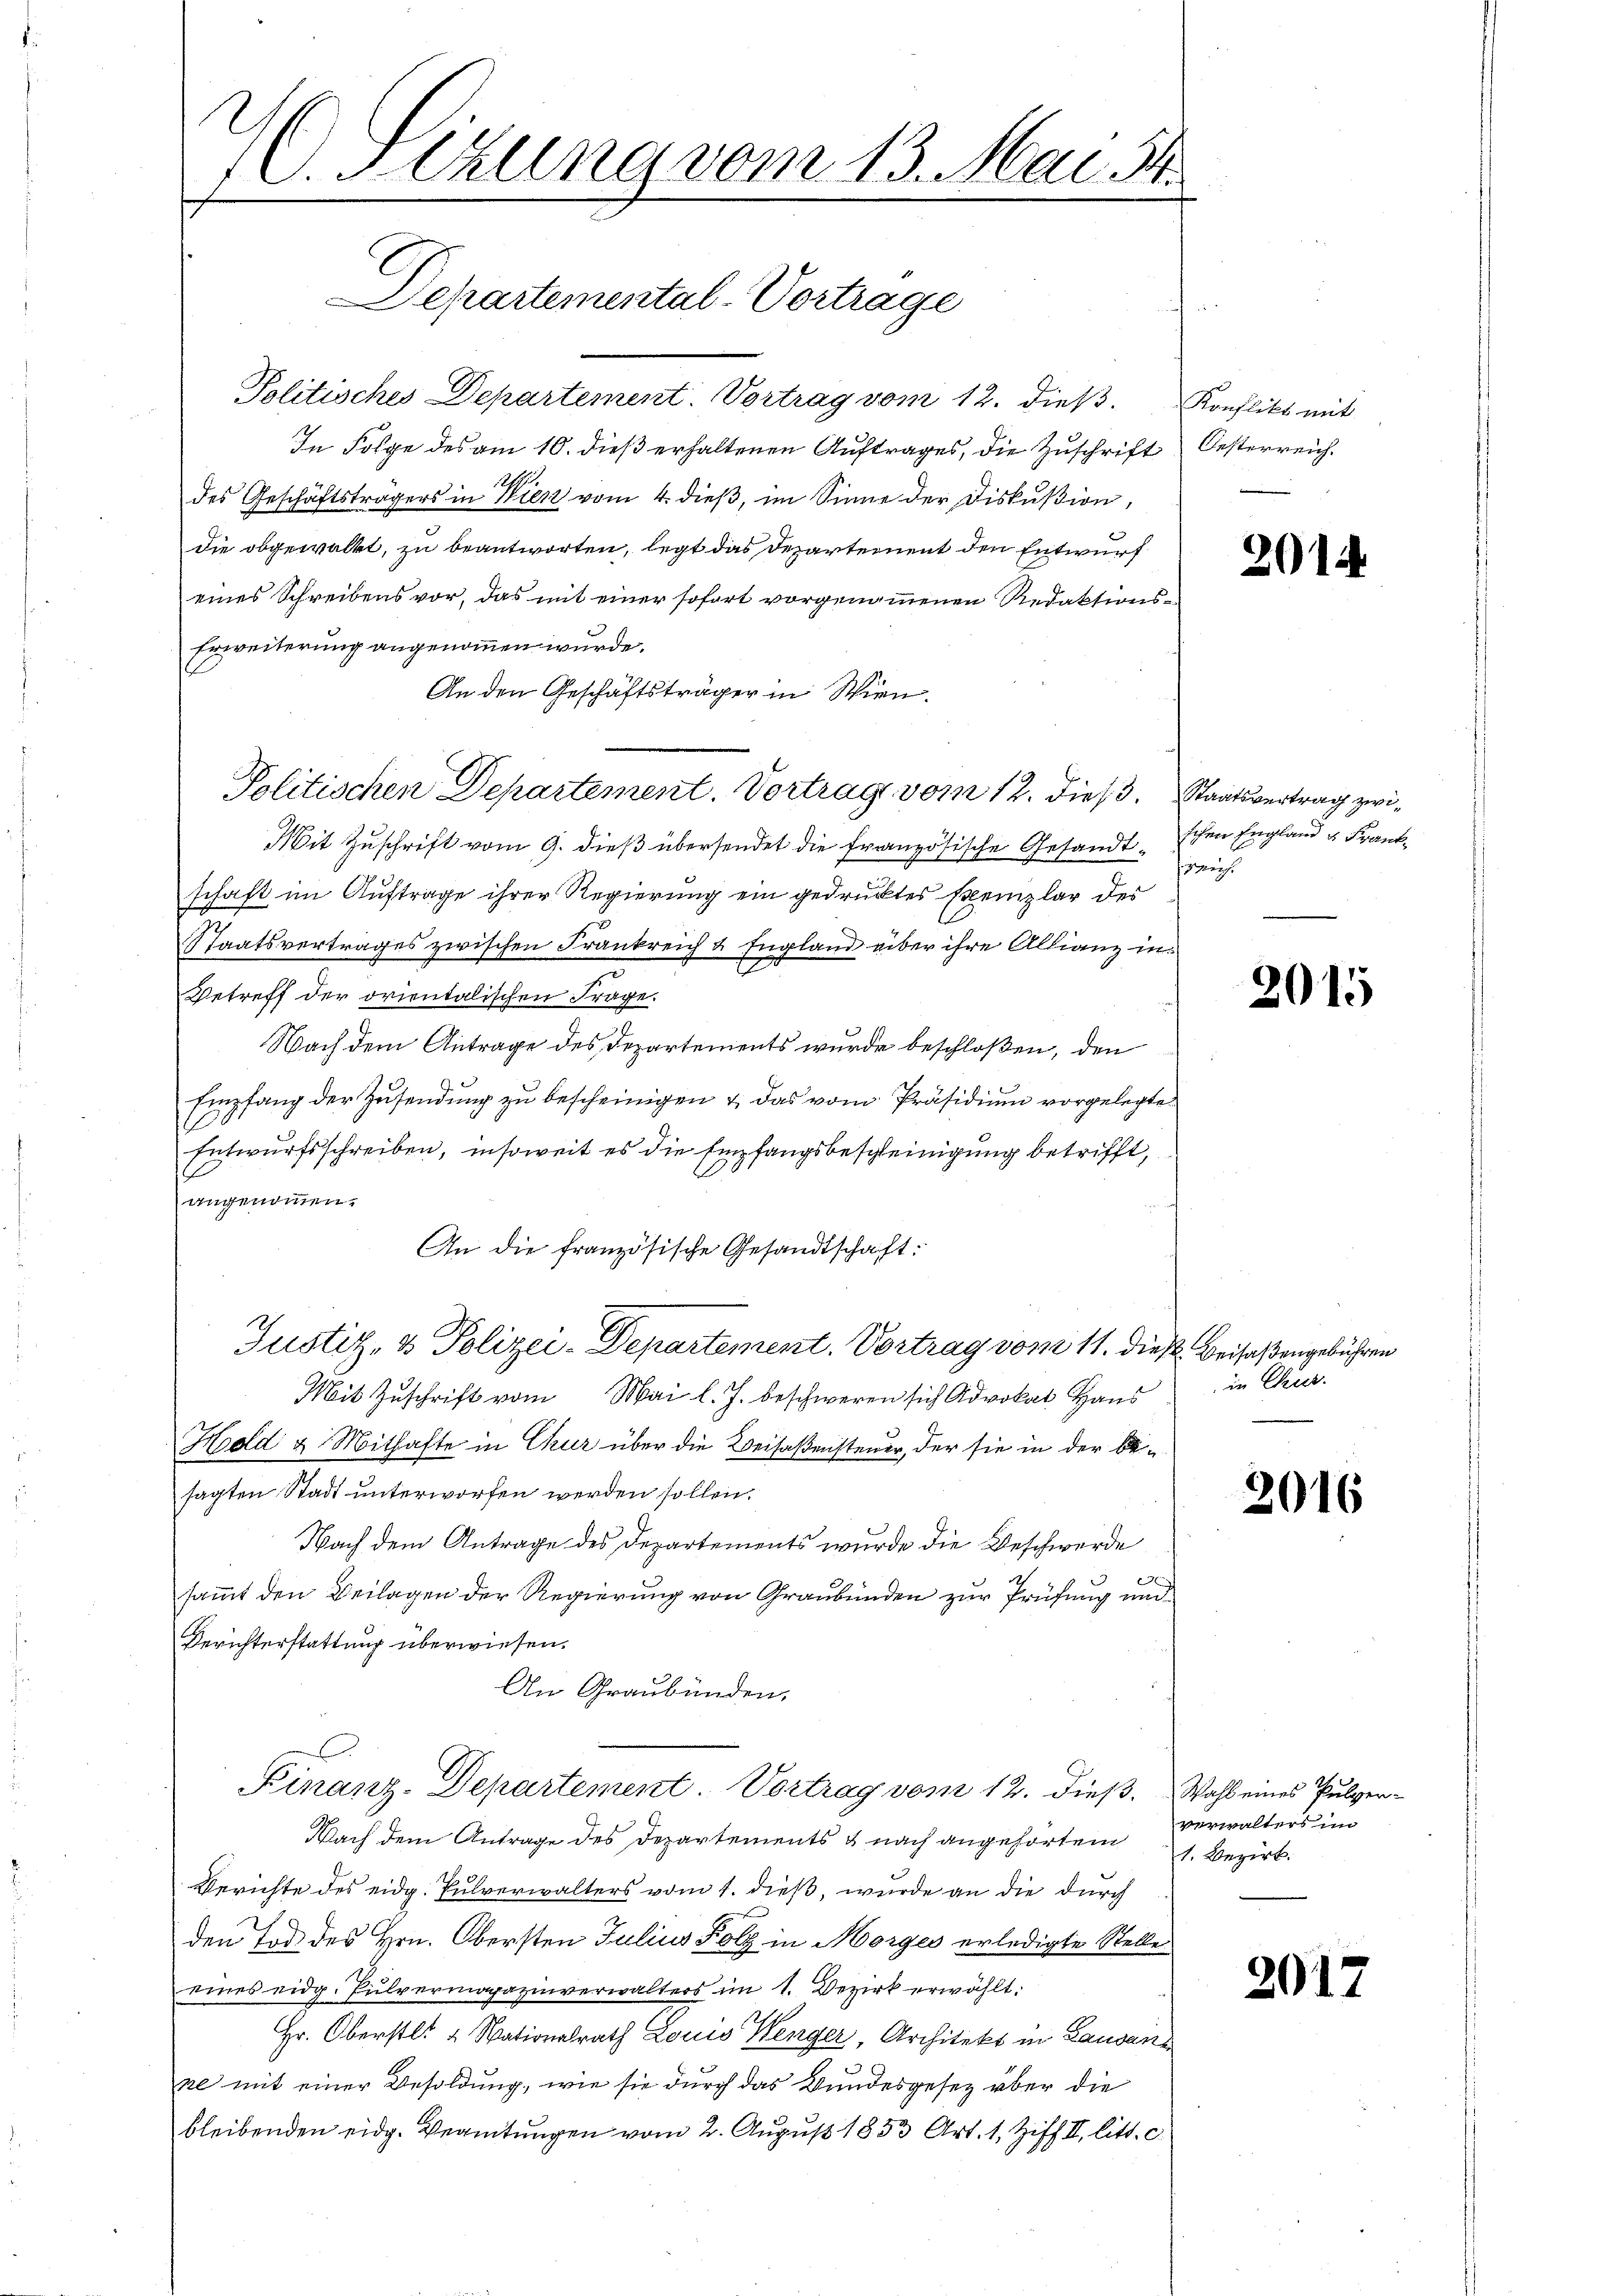
2. Sizung vom 13. Mai. 181.

Politisches Departement. Vortrag vom 12. dieß. Konflikt mit
In Folge des am 10. dieß erhaltenen Auftrages, die Zuschrift
des Geschäftsträgers in Wien vom 4. dieβ, im Sinne der Diskußion,
die obgewalkt, zu beantworten, legt das Departement den Entwurf
eines Schreibens vor, das mit einer sofort vorgenommenen Redaktions¬
Erweiterung angenommen wurde.
An den Geschäftsträger in Wien.
Politischen Departement. Vortrag vom 12. dieß. Staatsvertrag zwi¬
Mit Zuschrift vom 9. dieß übersendet die französische Gesandtschen England u. Frankschaft im Auftrage ihrer Regierung ein gedrucktes semplar des
Staatsvertrages zwischen Frankreich & England über ihre Allianz in
Betreff der orientalischen Frage.
Nach dem Antrage des Departements wurde beschloßen, den
Empfang der Zusendung zu bescheinigen & das vom Präsidium vorgelegte
Entwurfsschreiben, insoweit es die Empfangsbeschleinigung betrifft,
angenommen.
An die französische Gesandtschaft:
Justiz- & Polizei-Departement. Vortrag vom 11. dieß. Beisaßengebühren
Mit Zuschrift vom Mai l. J. beschweren sich Advokat Haus
Hold & Mithafte in Chur über die Beisaßensteuer, der sie in der besagten Stadt unterworfen werden sollen.
Nach dem Antrage des Departements wurde die Beschwerde
sammt den Beilagen der Regierung von Graubünden zur Prüfung und
Berichterstattung überwiesen.
An Graubünden,
Finanz-Departement. Vortrag vom 12. dieß. Wahl eines Pulver¬
Nach dem Antrage des Departements & nach angehörtem
Berichte des eidg. Pulverwalters vom 1. dieß, wurde an die durch
den Tod des Hrn. Obersten Julius Holz in Morges erledigte Stelle
eines eidg. Pulvermagazinverwalters im 1. Bezirk erwählt:
Hr. Oberstl. 4 Nationalrath Louis Wenger, Architekt in Lausans
ne mit einer Besoldung, wie sie durch das Bundesgesetz über die
bleibenden eidg. Beamtungen vom 2. August 1853 Art. 1, Ziff. II. litt. c.

Departemental-Vertrage

Oesterreich.

201

rich

2015

in Cur.

2016

verwalters im
1. Bezirk.

201.